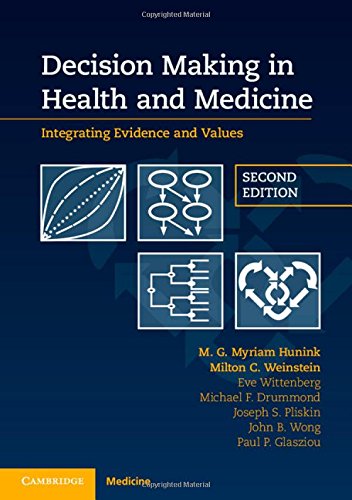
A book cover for Decision Making in Health and Medicine: Integrating Evidence and Values; M. G. Myriam Hunink; Medical Books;